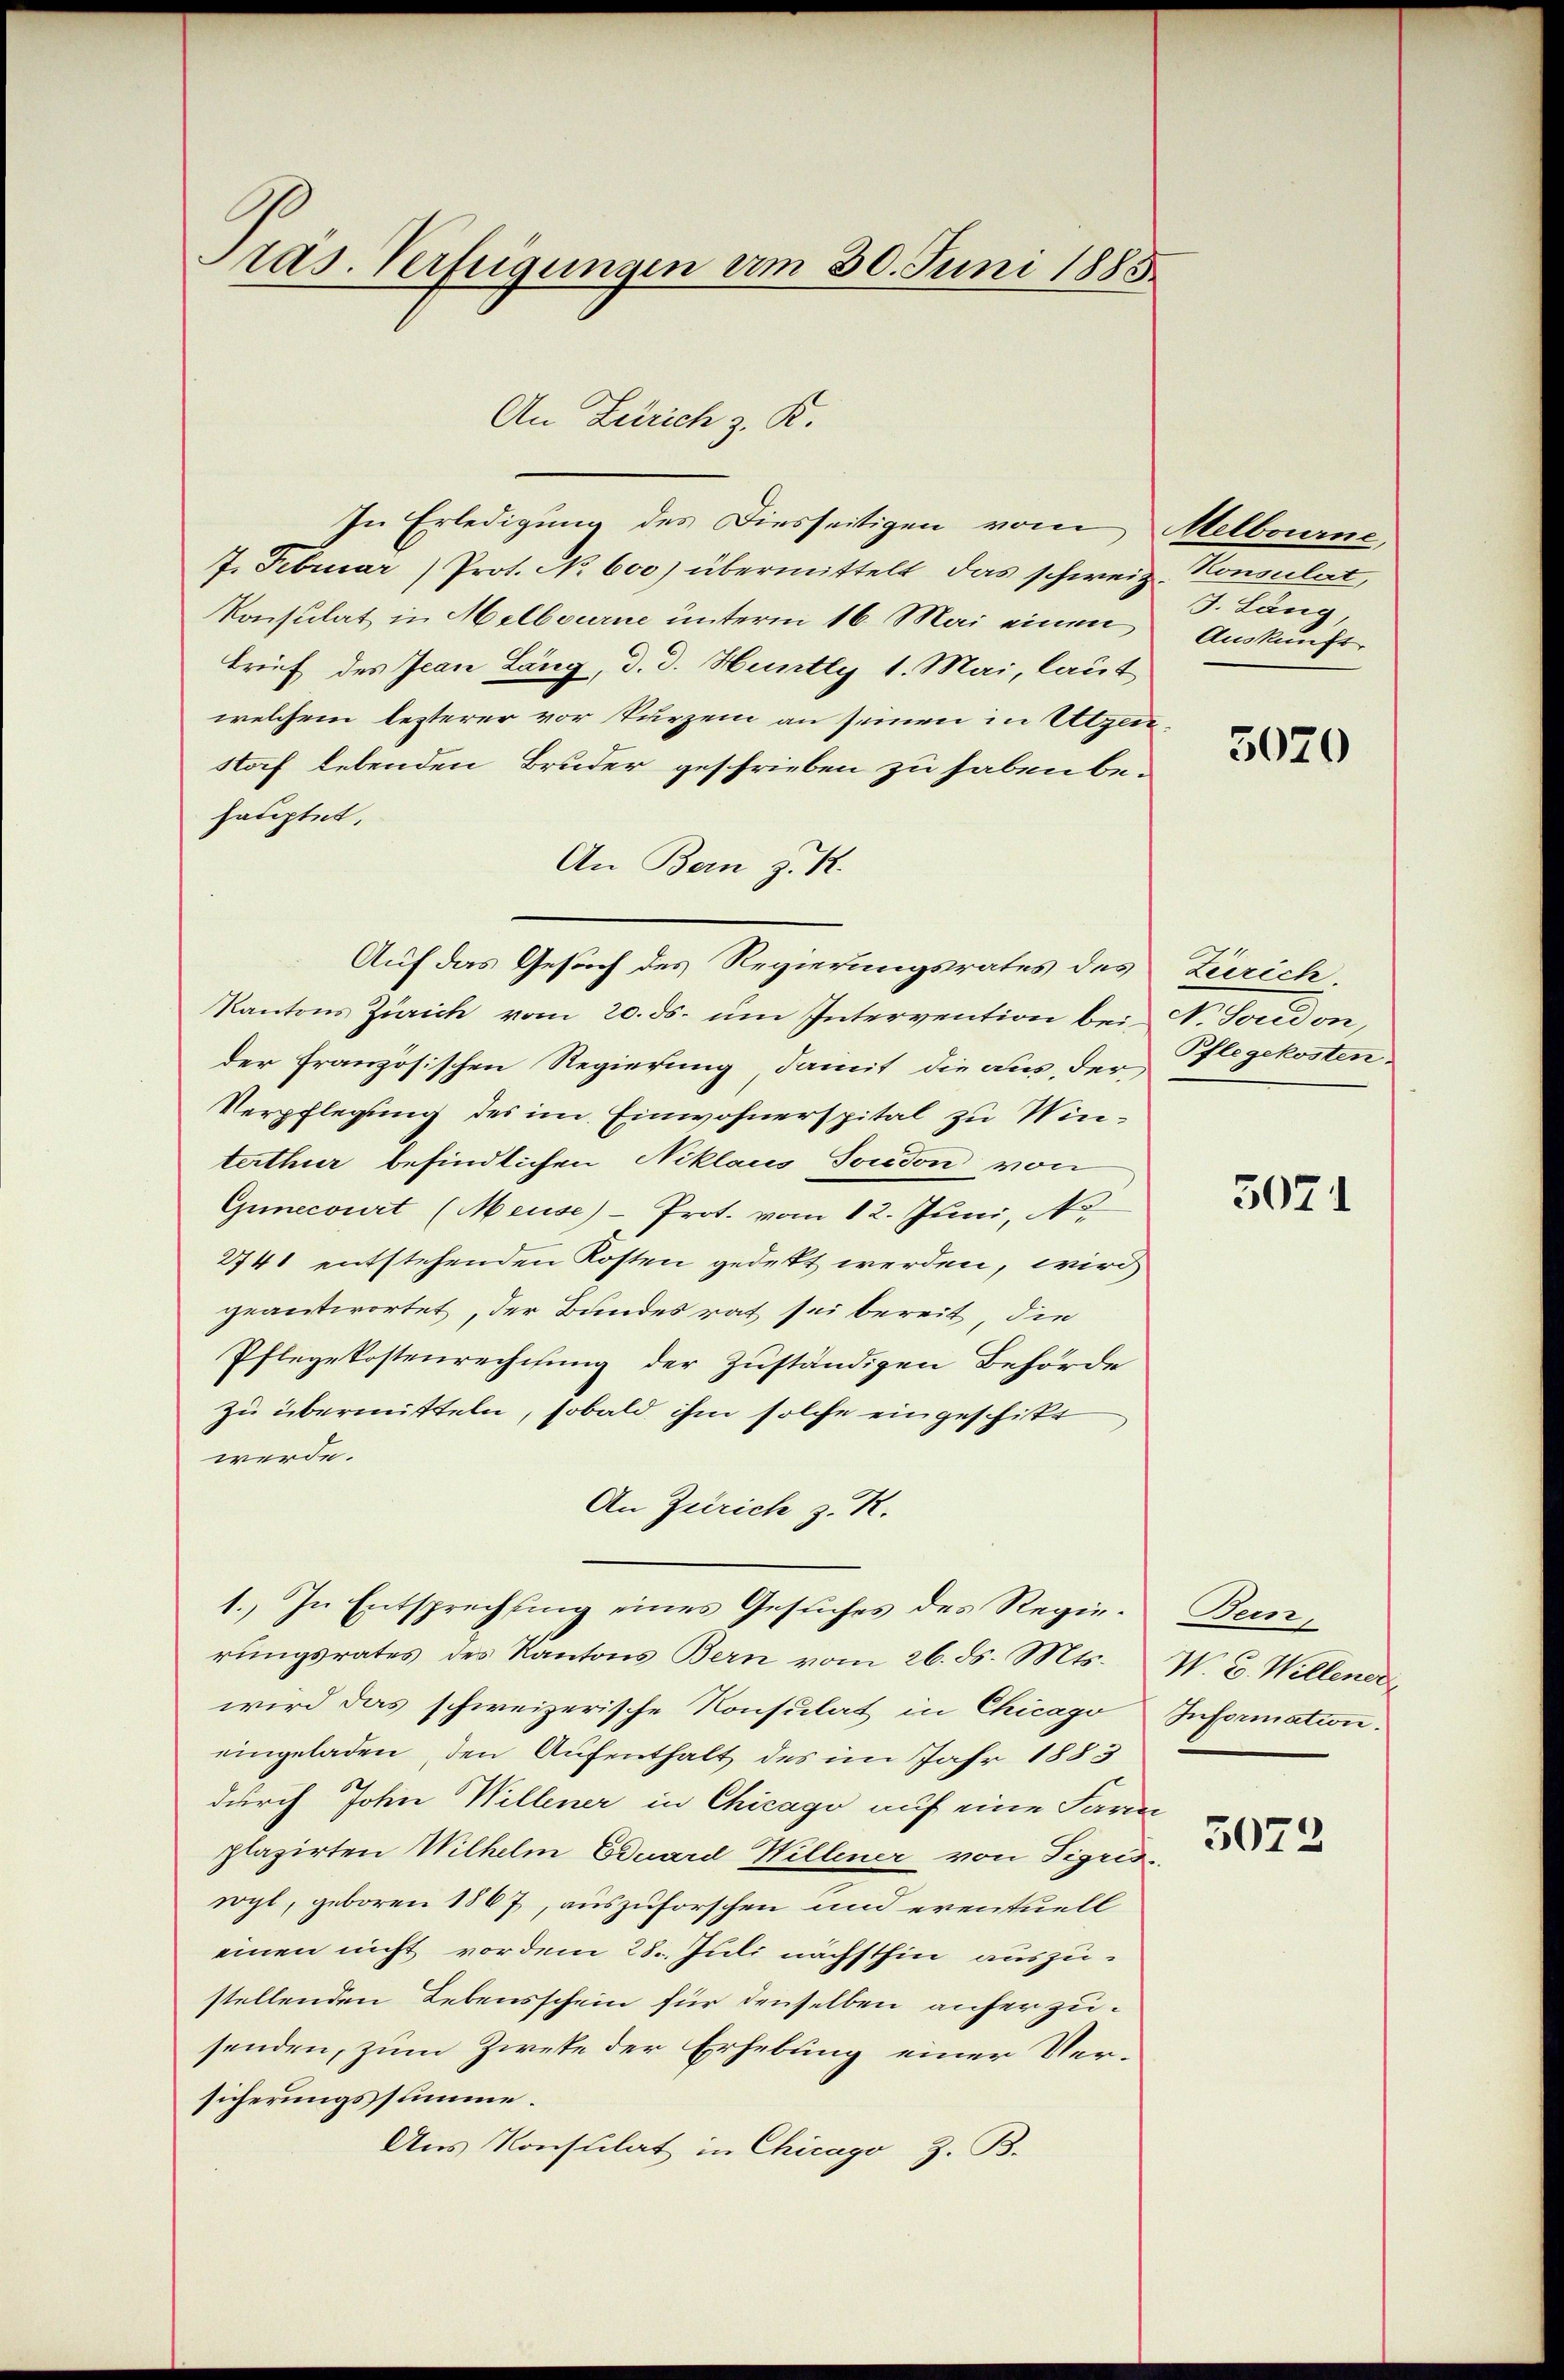
Pras. Verfügungen am 30. Juni 1885

In Erledigung des Diesseitigen vom
7. Februar) Prot. No 600) übermittelt, das schweiz. Konsulat,
Konsulat in Melbourne unterm 16. Mai einen
trief des Jean Lang, d. d. Huntly 1. Mai, laut
welchem lezterer vor kurzem an seinen in Utzen¬
Noch lebenden Bruder geschrieben zu haben behauptet.
An Bern z. R.
Auf das Gesuch des Regierungsrates des Zürich,
Kantons Zürich vom 20. ds. ŭm Intervention bei N. Socidon,
der französischen Regierung damit die aus, der
Verpflegung des im Einwohnerspital zu Winterthur befindlichen Niklaus Sondon von
Gumecourt (Meuse)- Prot. vom 12. Juni, No.
2741 entstehenden Kosten gedeckt werden, wird
geantwortet, der Bundes rat sei bereit, die
Pflegekostenrechthung der Zuständigen Behörde
zu übermitteln, sobald ihm solche eingeschikt
werde.
An Zürich z. R.
1.) In Entsprechung eines Gesuches des Regierŭngsrates des Kantons Bern vom 26. ds. Mts. W. B. Willener
wird das schweizerische Konsulat in Chicago Information.
eingeladen, den Aufenthalt des im Jahr 1883
durch John Willener in Chicago auf eine Pari
plazirten Wilhelm Eduard Willener von Sigris
rogt, geboren 1867, auszuforschen und eventuell
einen nicht vordem 28. Juli nächsthin auszustellenden Lebensschein für denselben anherzusenden, zum Zwete der Erhebung einer Versicherungssumme.
Aus Konsulat in Chicago z. B.

An Zürich z. K.

Melbourne,
J. Lang,
Auskunft

3020

Pflegekosten.

3071

Jun

3073